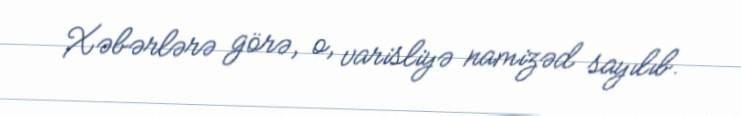
Xəbərlərə görə, o, varisliyə namizəd sayılıb.